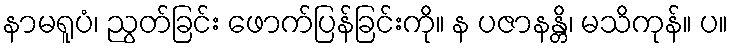
နာမရူပံ၊ ညွတ်ခြင်း ဖောက်ပြန်ခြင်းကို။ န ပဇာနန္တိ၊ မသိကုန်။ ပ။